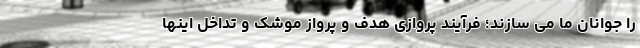
را جوانان ما می سازند؛ فرآیند پروازی هدف و پرواز موشک و تداخل اینها